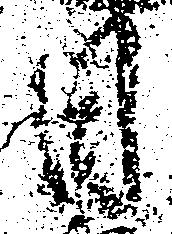
日